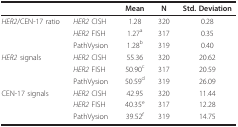
<table><thead><tr><td></td><td></td><td><b>Mean</b></td><td><b>N</b></td><td><b>Std. Deviation</b></td></tr></thead><tbody><tr><td><i>HER2</i>/CEN-17 ratio</td><td><i>HER2 </i>CISH</td><td>1.28</td><td>320</td><td>0.28</td></tr><tr><td></td><td><i>HER2 </i>FISH</td><td>1.27<sup>a</sup></td><td>317</td><td>0.35</td></tr><tr><td></td><td>PathVysion</td><td>1.28<sup>b</sup></td><td>319</td><td>0.40</td></tr><tr><td><i>HER2 </i>signals</td><td><i>HER2 </i>CISH</td><td>55.36</td><td>320</td><td>20.62</td></tr><tr><td></td><td><i>HER2 </i>FISH</td><td>50.90<sup>c</sup></td><td>317</td><td>20.59</td></tr><tr><td></td><td>PathVysion</td><td>50.59<sup>d</sup></td><td>319</td><td>26.09</td></tr><tr><td>CEN-17 signals</td><td><i>HER2 </i>CISH</td><td>42.95</td><td>320</td><td>11.44</td></tr><tr><td></td><td><i>HER2 </i>FISH</td><td>40.35<sup>e</sup></td><td>317</td><td>12.28</td></tr><tr><td></td><td>PathVysion</td><td>39.52<sup>f</sup></td><td>319</td><td>14.75</td></tr></tbody></table>